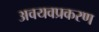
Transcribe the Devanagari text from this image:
अवयवप्रकरण